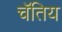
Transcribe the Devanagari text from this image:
चॅतिय